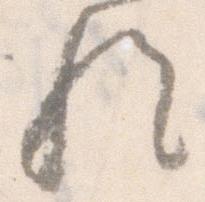
歟